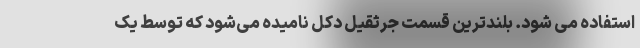
استفاده می شود. بلندترین قسمت جرثقیل دکل نامیده می‌شود که توسط یک